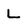
Character: L